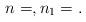
LaTeX: \begin{align*}n &= , n_1 = .\end{align*}